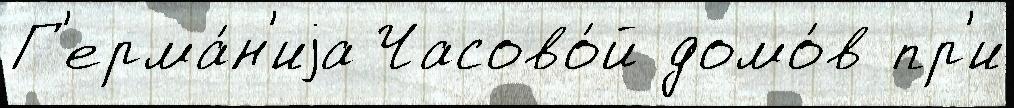
Г'ерма́н'иjа Часово́й домо́в пр'и